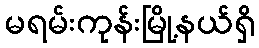
မရမ်းကုန်းမြို့နယ်ရှိ